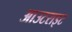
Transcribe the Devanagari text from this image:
आउटराइट